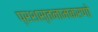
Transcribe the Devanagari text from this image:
प्रशस्तनामकरणो